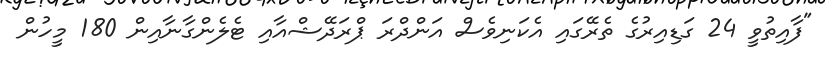
"ފާއިތުވީ 24 ގަޑިއިރުގެ ތެރޭގައި އެކަނިވެސް އަންދްރަ ޕްރަދޭޝްއާއި ޓެލެންގާނާއިން 180 މީހުން